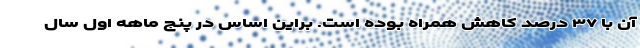
آن با ۳۷ درصد کاهش همراه بوده است. براین اساس در پنج ماهه اول سال